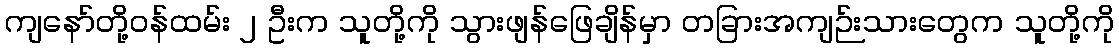
ကျနော်တို့ဝန်ထမ်း ၂ ဦးက သူတို့ကို သွားဖျန်ဖြေချိန်မှာ တခြားအကျဉ်းသားတွေက သူတို့ကို